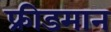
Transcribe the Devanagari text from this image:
फ्रीडमान